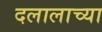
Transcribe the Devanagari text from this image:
दलालाच्या